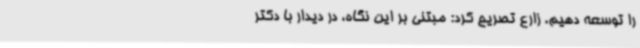
را توسعه دهیم. زارع تصریح کرد: مبتنی بر این نگاه، در دیدار با دکتر